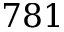
7 8 1